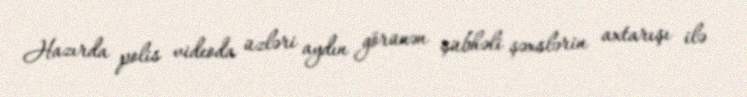
Hazırda polis videoda üzləri aydın görünən şübhəli şəxslərin axtarışı ilə